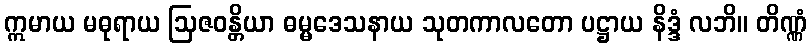
ဣမာယ မဓုရာယ ဩဇဝန္တိယာ ဓမ္မဒေသနာယ သုတကာလတော ပဋ္ဌာယ နိဒ္ဒံ လဘိ။ တိဏ္ဏံ